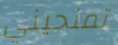
تمنحيني